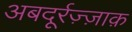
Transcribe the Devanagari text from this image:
अबदूर्रज़्ज़ाक़